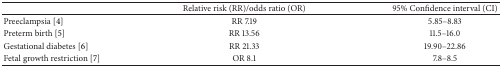
<table><thead><tr><td><b> </b></td><td><b>Relative risk (RR)/odds ratio (OR)</b></td><td><b>95% Confidence interval (CI)</b></td></tr></thead><tbody><tr><td>Preeclampsia [4]</td><td>RR 7.19</td><td>5.85–8.83</td></tr><tr><td>Preterm birth [5]</td><td>RR 13.56</td><td>11.5–16.0</td></tr><tr><td>Gestational diabetes [6]</td><td>RR 21.33</td><td>19.90–22.86</td></tr><tr><td>Fetal growth restriction [7]</td><td>OR 8.1</td><td>7.8–8.5</td></tr></tbody></table>